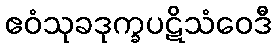
ဧဝံသုခဒုက္ခပဋိသံဝေဒီ